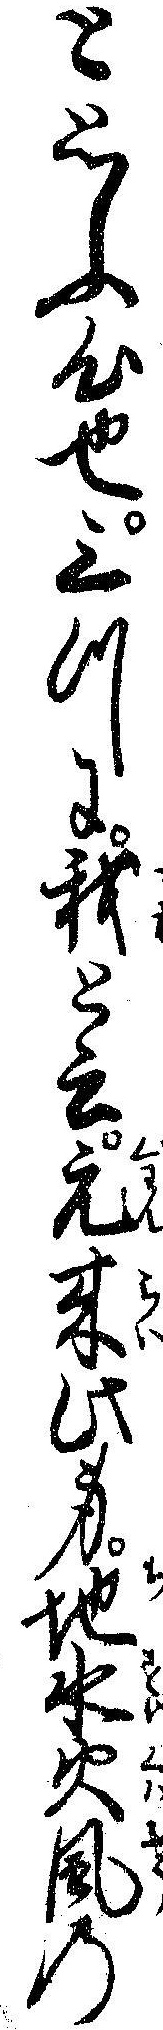
と思ふ心也三つに我と云元来此身地水火風の